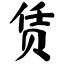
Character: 赁